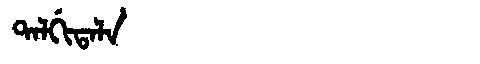
Manchu: ᡨᠠᠯᡤᡳᡨᠠᠯᠠ
Romanization: TALGITALA